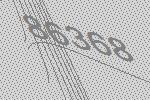
86368